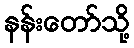
နန်းတော်သို့